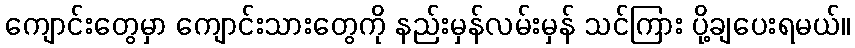
ကျောင်းတွေမှာ ကျောင်းသားတွေကို နည်းမှန်လမ်းမှန် သင်ကြား ပို့ချပေးရမယ်။